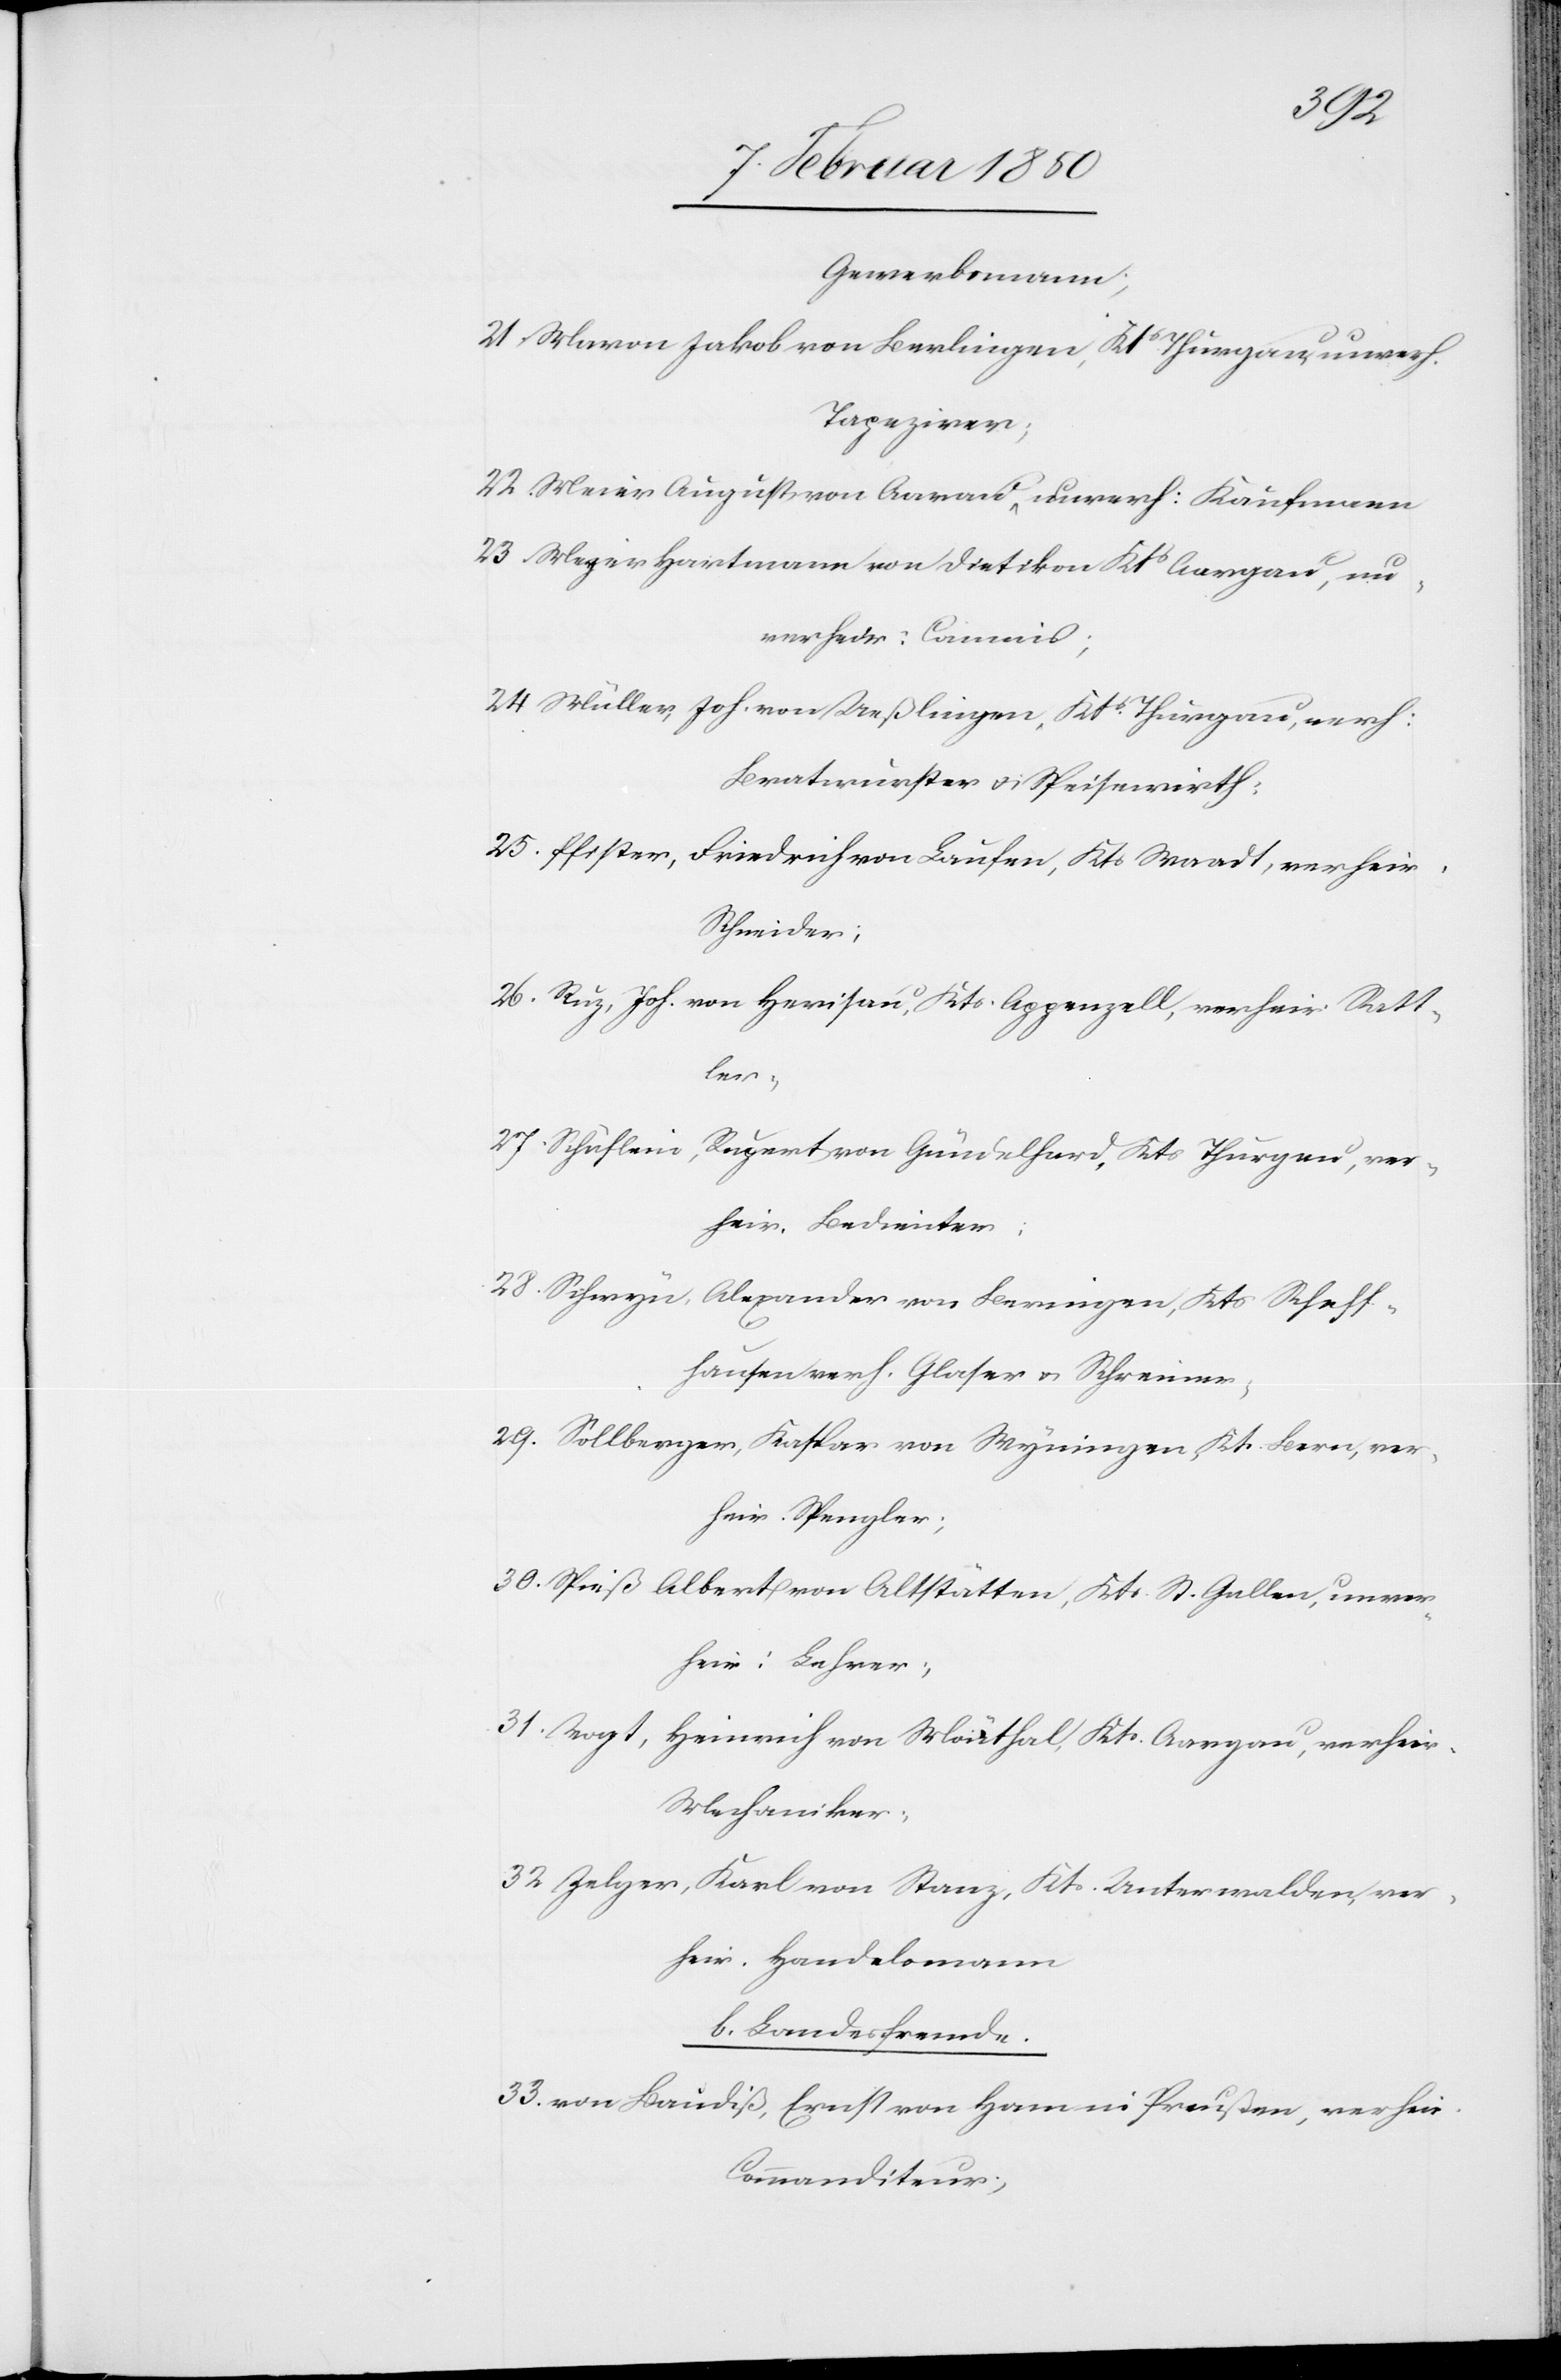
Gewerbsmann;
21. Maron Jakob von Berlingen, Kts Thurgau, unverh.
Tapezirer;
22. Meier August von Aarau, unverh: Kaufmann
23. Wezer Hartmann von Dietikon Kts Aargau, un¬
verheir: Commis;
24 Müller, Joh. von Ueßlingen, Kts Thurgau, verh:
Bratwurster u. Speisewirth:
25. Pfister, Friedrich von Laufen, Kts Waadt, verheir.
Schneider;
26. Ruz, Joh. von Herisau, Kts. Appenzell, verheir. Satt¬
ler;
27. Schüflein, Rupert von Gündelhard, Kts Thurgau, ver¬
heir. Bedienter;
28. Schwyn, Alexander von Beringen, Kts Schaff¬
hausen verh. Glaser u. Schreiner,
29. Sollberger, Kaspar von Myningen, Kt. Bern, ver¬
heir. Spengler;
30. Speiß Albert von Altsätten, Kts. St. Gallen, unver¬
heir: Lehrer;
31. Vogt, Heinrich von Moüthal [sic!], Kts Aargau, verheir.
Mechaniker;
32 Zelger, Karl von Stanz, Kts Unterwalden, ver¬
heir. Handelsmann
b. Landesfremde.
33. von Landiß, Ernst von Ham in Preußen, verheir.
Commanditeur;